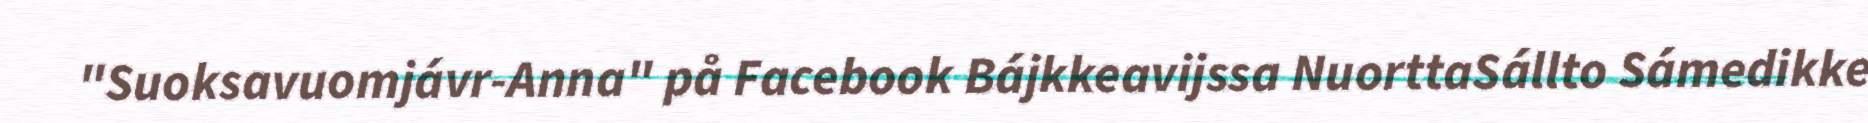
"Suoksavuomjávr-Anna" på Facebook Bájkkeavijssa NuorttaSállto Sámedikke